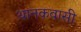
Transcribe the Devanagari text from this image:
थानकवासी